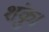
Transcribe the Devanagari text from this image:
शंकु।